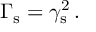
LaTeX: \Gamma _ { \mathrm { s } } = \gamma _ { \mathrm { s } } ^ { 2 } \, .